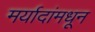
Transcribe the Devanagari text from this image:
मर्यादांमधून